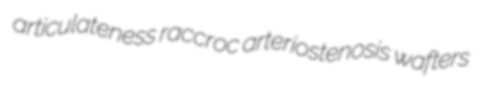
articulateness raccroc arteriostenosis wafters